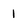
Character: 1